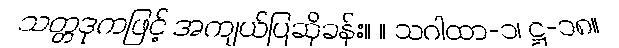
သတ္တဒုကဖြင့် အကျယ်ပြဆိုခန်း။ ။ သဂါထာ-၁၊ ဋ္ဌ-၁၈။